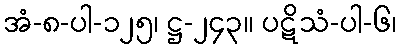
အံ-၈-ပါ-၁၂၅၊ ဋ္ဌ-၂၄၃။ ပဋိသံ-ပါ-၆၊